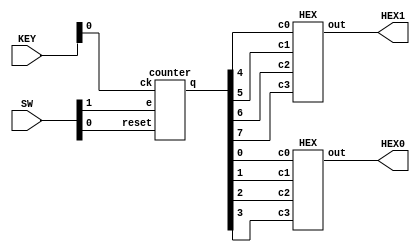
module lab5p1(SW,HEX0,HEX1,KEY);
input [1:0]SW;
input [3:0]KEY;
output [6:0] HEX0;
output [6:0] HEX1;
wire [7:0]outQ;
counter u0(SW[1],SW[0],KEY[0],outQ);
HEX A0(
.c3(outQ[7]),
.c2(outQ[6]),
.c1(outQ[5]),
.c0(outQ[4]),
.out(HEX1)
);
HEX A1(
.c3(outQ[3]),
.c2(outQ[2]),
.c1(outQ[1]),
.c0(outQ[0]),
.out(HEX0)
);
endmodule

module counter(e,reset,ck,q);
input e,reset,ck;
output[7:0]q;
wire[6:0]temp;
assign temp[0]=q[0]&e;
assign temp[1]=q[1]&temp[0];
assign temp[2]=q[2]&temp[1];
assign temp[3]=q[3]&temp[2];
assign temp[4]=q[4]&temp[3];
assign temp[5]=q[5]&temp[4];
assign temp[6]=q[6]&temp[5];

Ttype u0(.Enable(e),.clear(reset),.clock(ck),.Q(q[0]));
Ttype u1(.Enable(temp[0]),.clear(reset),.clock(ck),.Q(q[1]));

Ttype u2(.Enable(temp[1]),.clear(reset),.clock(ck),.Q(q[2]));

Ttype u3(.Enable(temp[2]),.clear(reset),.clock(ck),.Q(q[3]));

Ttype u4(.Enable(temp[3]),.clear(reset),.clock(ck),.Q(q[4]));

Ttype u5(.Enable(temp[4]),.clear(reset),.clock(ck),.Q(q[5]));

Ttype u6(.Enable(temp[5]),.clear(reset),.clock(ck),.Q(q[6]));

Ttype u7(.Enable(temp[6]),.clear(reset),.clock(ck),.Q(q[7]));

endmodule



module Ttype(Enable,clear,clock,Q);
input Enable,clear,clock;
output Q;
reg Q;
always@(posedge clock)
if(!clear)
begin
Q<=1'b0;
end
else if(Enable) begin
Q<=Enable^Q;
end

endmodule


module HEX(c3,c2,c1,c0,out);
input c3,c2,c1,c0;
output [6:0]out;
assign out[0]=~((c3|c2|c1|~c0)&(c3|~c2|c1|c0)&(~c3|c2|~c1|~c0)&(~c3|~c2|c1|~c0));
assign out[1]=~((c3|~c2|~c1|c0)&(c3|~c2|c1|~c0)&(~c3|c2|~c1|~c0)&(~c3|~c2|c1|c0)&(~c3|~c2|~c1|c0)&(~c3|~c2|~c1|~c0));
assign out[2]=~((c3|c2|~c1|c0)&(~c3|~c2|c1|c0)&(~c3|~c2|~c1|c0)&(~c3|~c2|~c1|~c0));
assign out[3]=~((c3|c2|c1|~c0)&(c3|~c2|c1|c0)&(c3|~c2|~c1|~c0)&(~c3|c2|c1|~c0)&(~c3|c2|~c1|c0)&(~c3|~c2|~c1|~c0));
assign out[4]=~((c3|c2|c1|~c0)&(c3|c2|~c1|~c0)&(c3|~c2|c1|c0)&(c3|~c2|c1|~c0)&(c3|~c2|~c1|~c0)&(~c3|c2|c1|~c0));
assign out[5]=~((c3|c2|c1|~c0)&(c3|c2|~c1|c0)&(c3|c2|~c1|~c0)&(c3|~c2|~c1|~c0)&(~c3|~c2|c1|~c0));
assign out[6]=~((c3|c2|c1|c0)&(c3|c2|c1|~c0)&(c3|~c2|~c1|~c0)&(~c3|~c2|c1|c0));
endmodule